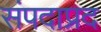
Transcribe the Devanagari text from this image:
संपदाप्रद